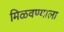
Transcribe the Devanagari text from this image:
मिळवण्याला